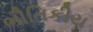
ભૌતિકીય